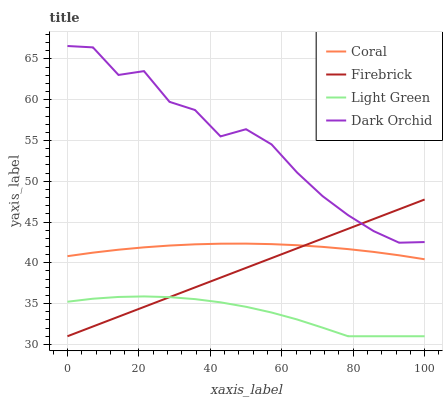
| xaxis_label | Coral | Firebrick | Light Green | Dark Orchid |
 | --- | --- | --- | --- | --- |
 | 0 | 40.8 | 31 | 35.2 | 66.6 |
 | 7.14 | 41.2 | 32.2 | 35.6 | 66.4 |
 | 14.3 | 41.6 | 33.4 | 35.8 | 63 |
 | 21.4 | 41.9 | 34.6 | 35.9 | 63.5 |
 | 28.6 | 42.1 | 35.8 | 35.8 | 59.7 |
 | 35.7 | 42.3 | 37 | 35.6 | 58.7 |
 | 42.9 | 42.3 | 38.2 | 35.2 | 55.5 |
 | 50 | 42.4 | 39.4 | 34.6 | 56.4 |
 | 57.1 | 42.3 | 40.6 | 33.9 | 54.5 |
 | 64.3 | 42.2 | 41.8 | 33.1 | 51.1 |
 | 71.4 | 42 | 43 | 32.1 | 48.2 |
 | 78.6 | 41.7 | 44.2 | 31 | 45.8 |
 | 85.7 | 41.3 | 45.4 | 31 | 43.9 |
 | 92.9 | 40.9 | 46.6 | 31 | 42.5 |
 | 100 | 40.4 | 47.8 | 31 | 42.5 |